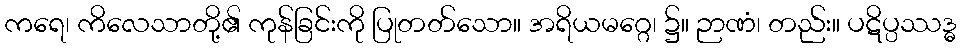
ကရေ၊ ကိလေသာတို့၏ ကုန်ခြင်းကို ပြုတတ်သော။ အရိယမဂ္ဂေ၊ ၌။ ဉာဏံ၊ တည်း။ ပဋိပ္ပဿဒ္ဓ